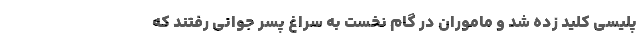
پلیسی کلید زده شد و ماموران در گام نخست به سراغ پسر جوانی رفتند که